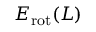
E _ { \mathrm { r o t } } ( L )